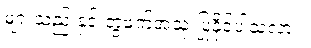
များသည် နှင့် တွဲဖက်အသုံးပြုနိုင်ပါသလား။